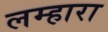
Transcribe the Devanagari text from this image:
लम्हारा